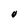
Character: o